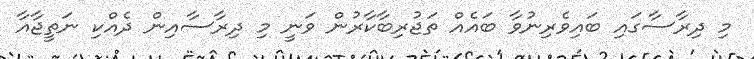
މި ދިރާސާގައި ބައިވެރިނުވާ ބައެއް ތަޖުރިބާކާރުން ވަނީ މި ދިރާސާއިން ދެއްކި ނަތީޖާއާ